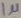
Text: 1µ